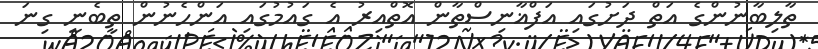
ތާލިބާނުންގެ އަތް ދަށުގައި އަފްޣާނިސްތާން އޮތްއިރު އެ ގައުމުގައި އަންހެނުން ތިބެނީ ގިނަ